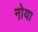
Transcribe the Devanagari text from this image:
नो़या